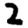
Digit: 2